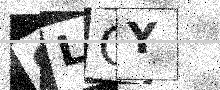
Text: 9LCY